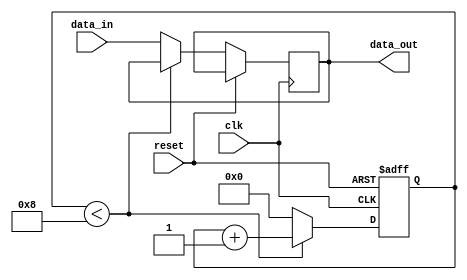
module buffer_delay (
    input wire clk,
    input wire reset,
    input wire data_in,
    output reg data_out
);

reg [7:0] delay_counter;

always @(posedge clk or posedge reset) begin
    if (reset) begin
        delay_counter <= 0;
    end else begin
        if (delay_counter < 8) begin
            delay_counter <= delay_counter + 1;
        end else begin
            delay_counter <= 0;
            data_out <= data_in;
        end
    end
end

endmodule